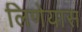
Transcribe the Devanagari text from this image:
लिणेयास